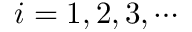
i = 1 , 2 , 3 , \cdots